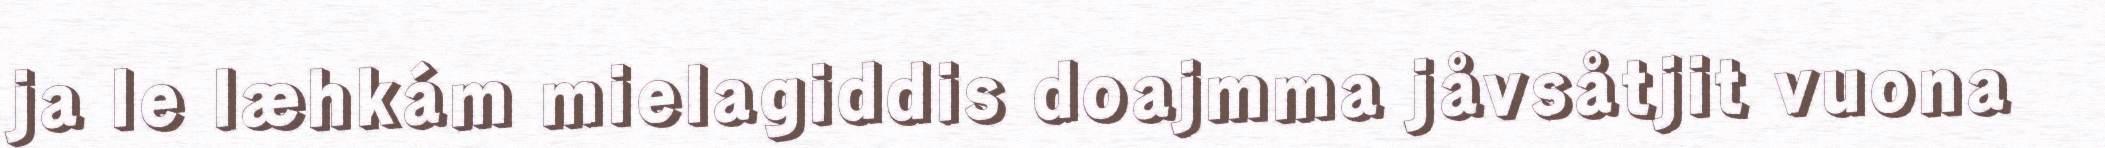
ja le læhkám mielagiddis doajmma jåvsåtjit vuona